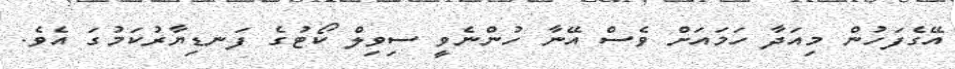
އޭގެފަހުން މިއަދާ ހަމައަށް ވެސް އޭނާ ހުންނެވީ ސިވިލް ކޯޓުގެ ފަނޑިޔާރުކަމުގަ އެވެ.